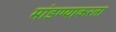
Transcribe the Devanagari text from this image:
मांडण्याकरता